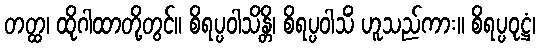
တတ္ထ၊ ထိုဂါထာတို့တွင်။ စိရပ္ပဝါသိန္တိ၊ စိရပ္ပဝါသိံ ဟူသည်ကား။ စိရပ္ပဝုဋ္ဌံ၊